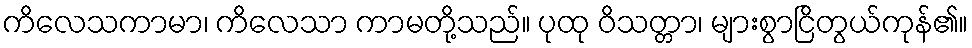
ကိလေသကာမာ၊ ကိလေသာ ကာမတို့သည်။ ပုထု ဝိသတ္တာ၊ များစွာငြိတွယ်ကုန်၏။